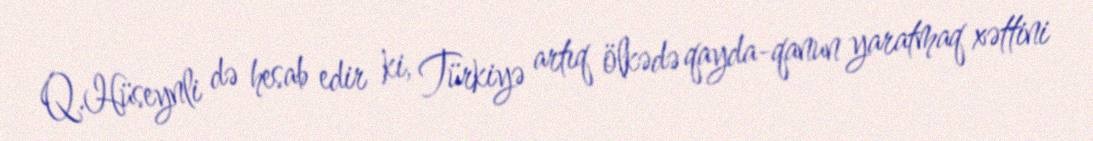
Q.Hüseynli də hesab edir ki, Türkiyə artıq ölkədə qayda-qanun yaratmaq xəttini